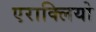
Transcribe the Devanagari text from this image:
एराक्लियो